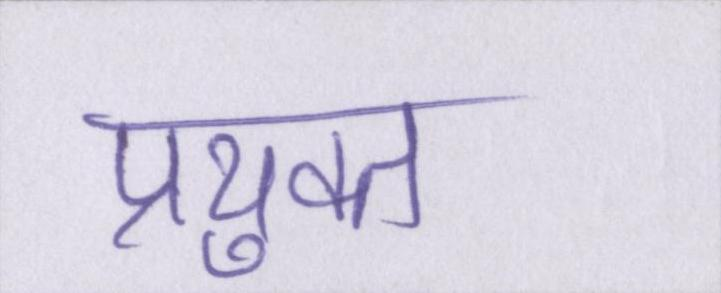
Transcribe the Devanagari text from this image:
प्रयुक्त